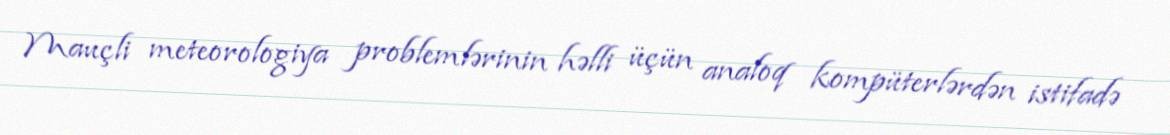
Mauçli meteorologiya problemlərinin həlli üçün analoq kompüterlərdən istifadə